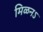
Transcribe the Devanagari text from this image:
मिळनऽ